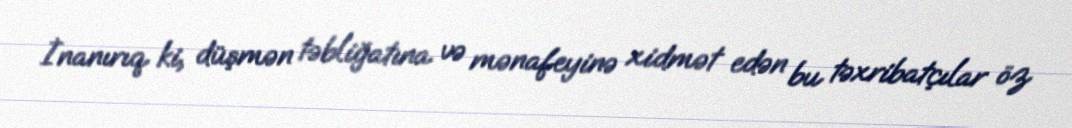
İnanırıq ki, düşmən təbliğatına və mənafeyinə xidmət edən bu təxribatçılar öz